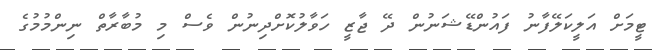
ޓީމަށް އަލީކަލޭފާނު ފައުންޑޭޝަނުން ދޭ ޖާޒީ ހަވާލުކޮށްދިނުން ވެސް މި މުބާރާތް ނިންމުމުގެ